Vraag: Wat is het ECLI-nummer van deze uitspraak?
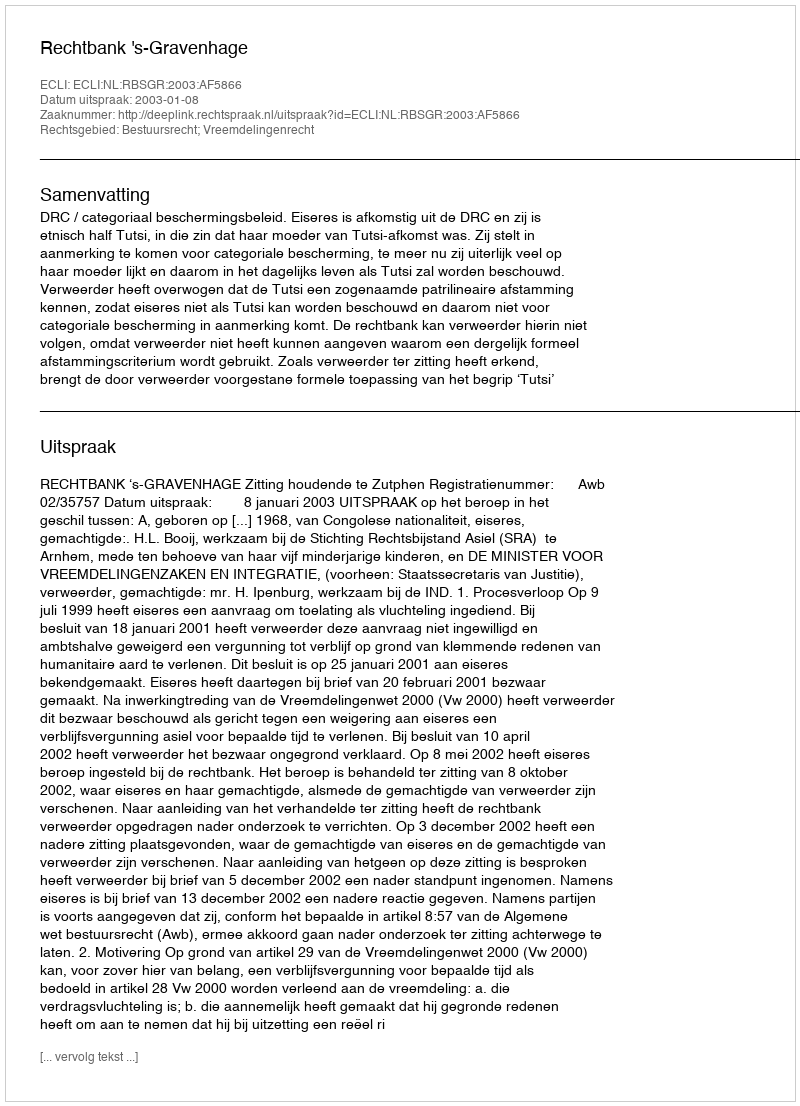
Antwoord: ECLI:NL:RBSGR:2003:AF5866